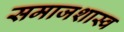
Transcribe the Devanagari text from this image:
समाजशास्व